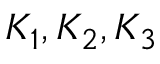
K _ { 1 } , K _ { 2 } , K _ { 3 }